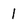
Character: I